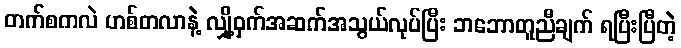
တက်စကလဲ ဟစ်တလာနဲ့ လျှို့ဝှက်အဆက်အသွယ်လုပ်ပြီး ဘဘောတူညီချက် ရပြီးပြီတဲ့